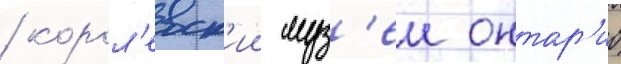
/ корол'евск'ии муз'еи онтар'ио